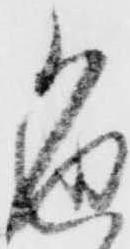
色